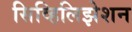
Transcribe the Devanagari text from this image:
सिव्हिलिझेशन